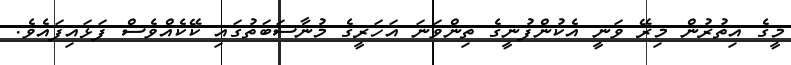
މީގެ އިތުރުން މިރޭ ވަނީ އެކުންފުނީގެ ތިންވަނަ އަހަރީގެ މުނާސަބަތުގައި ކޭކެއްވެސް ފަޅައިފައެވެ.